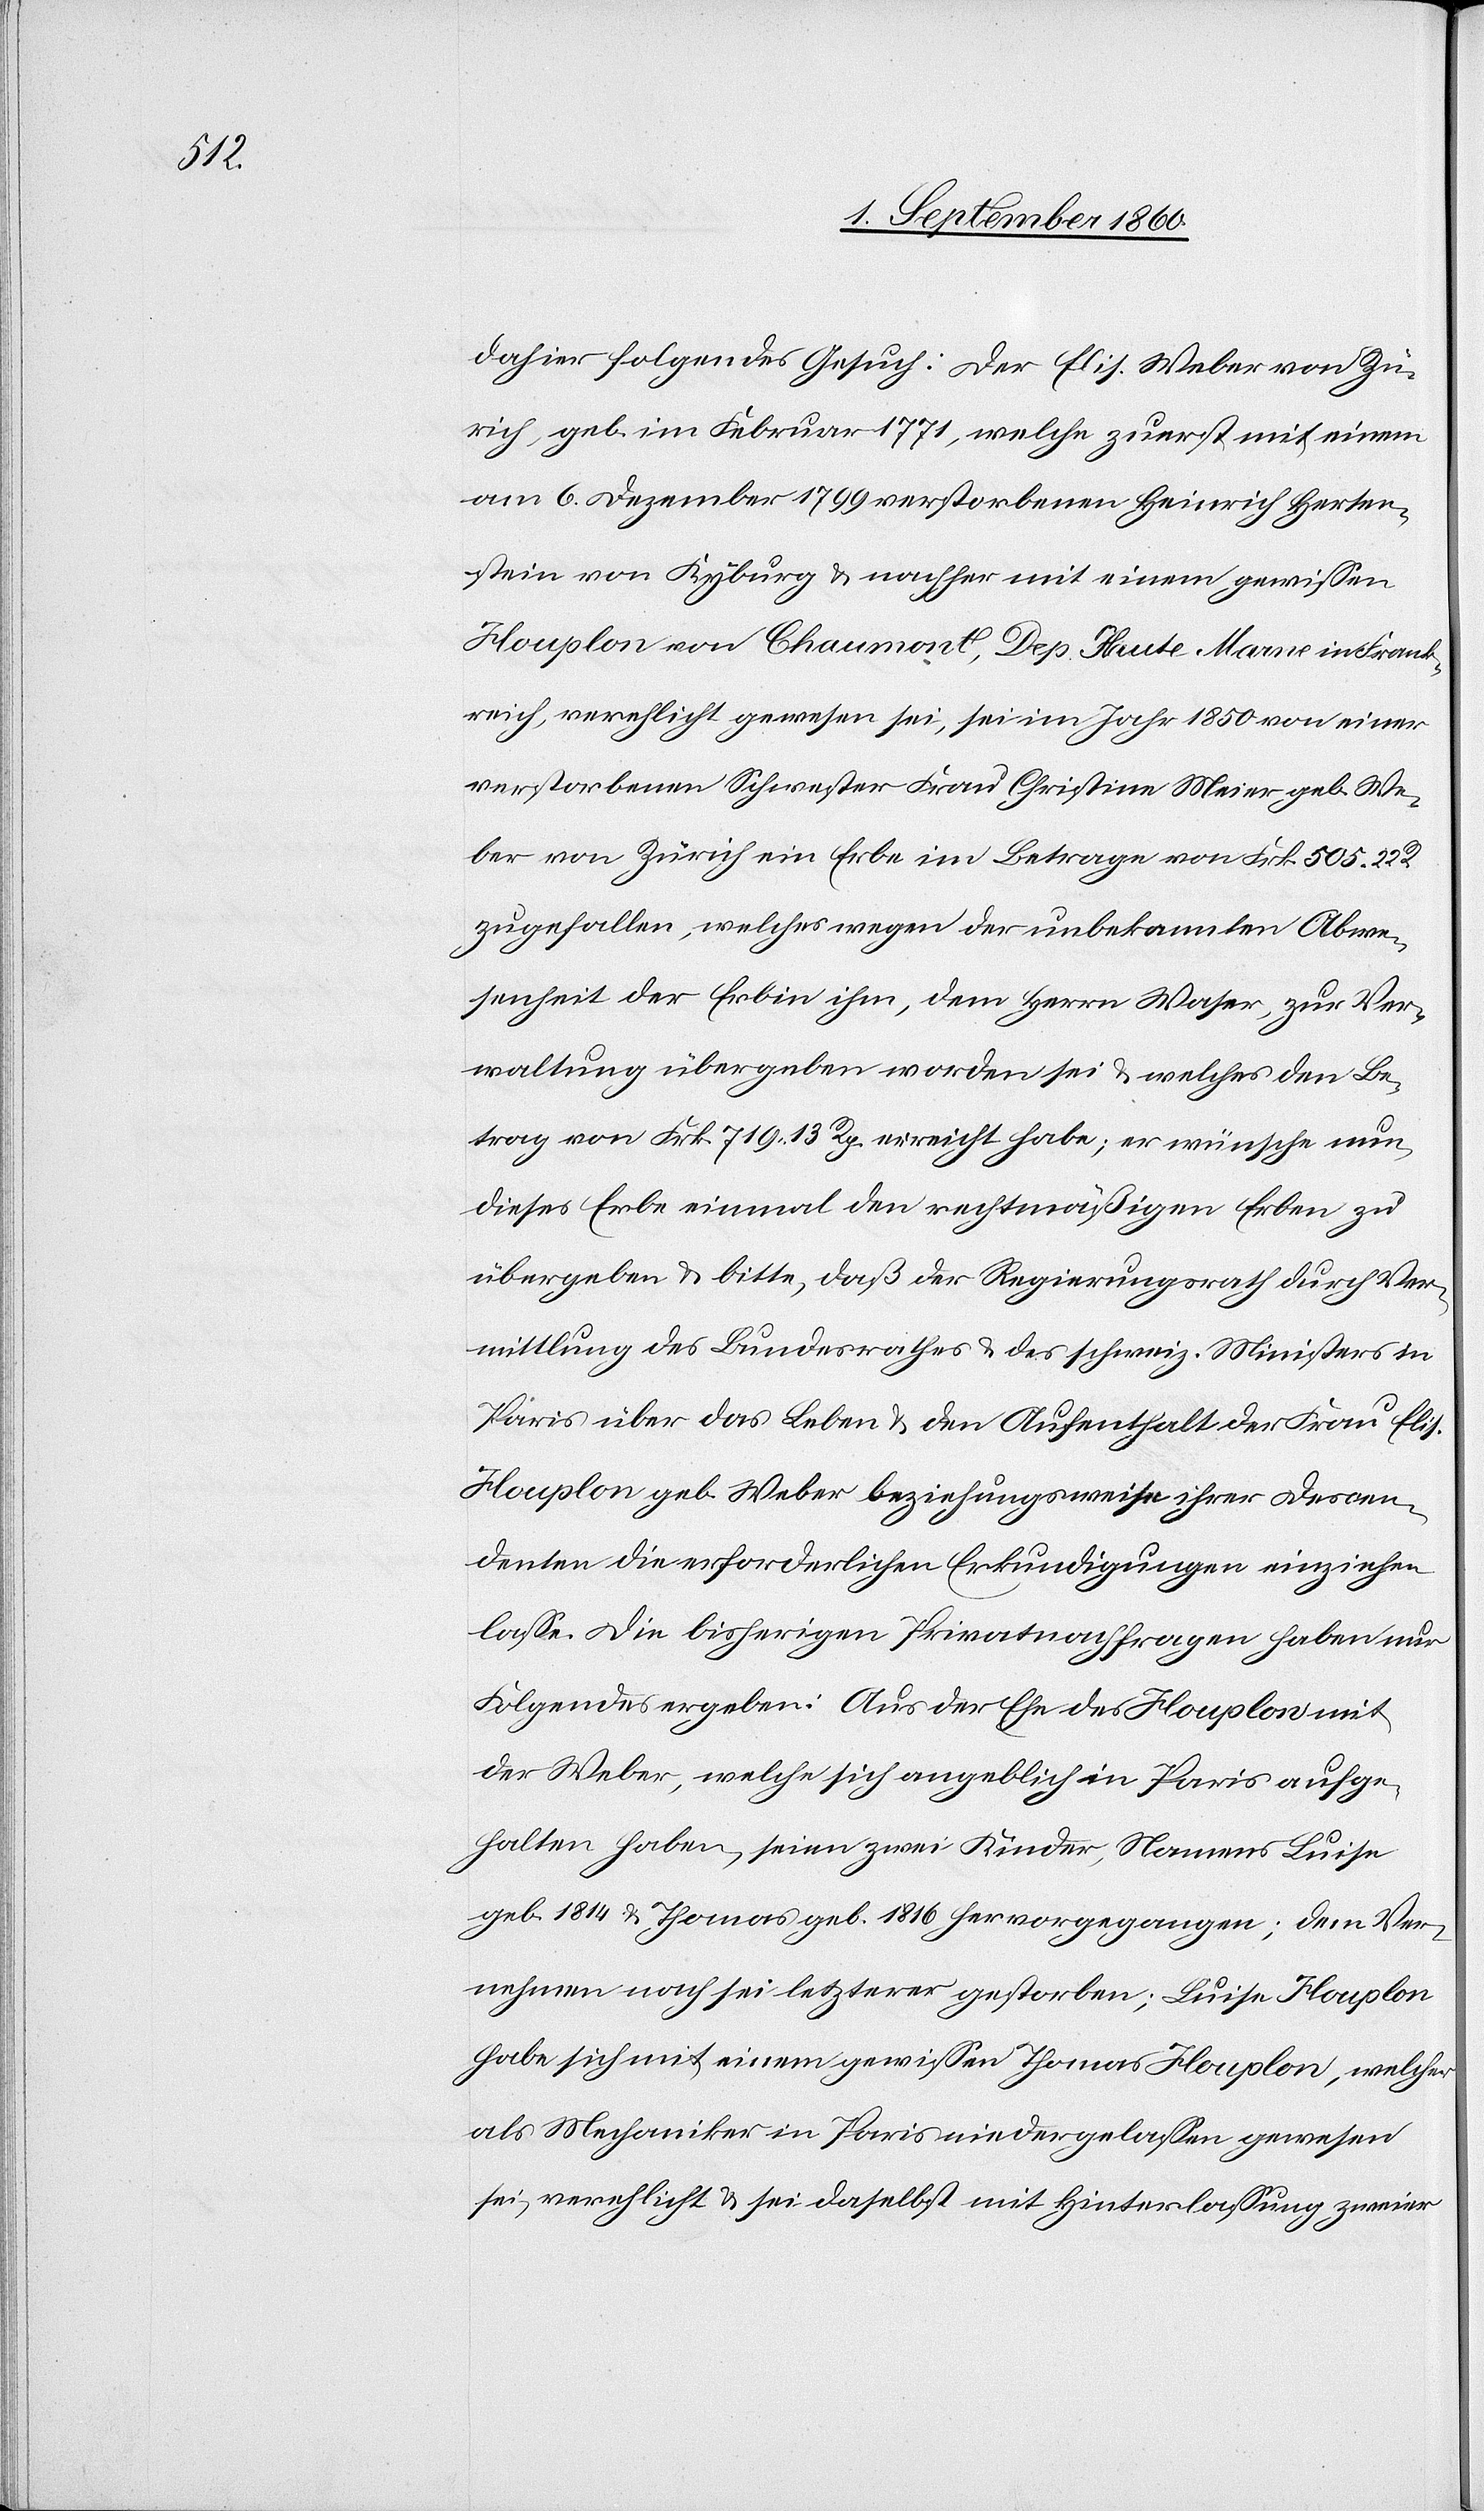
Ehe

dahier folgendes Gesuch: Der Elis. Weber von Zü¬
rich, geb. im Februar 1871, welche zuerst mit einem
am 6. Dezember 1799 verstorbenen Heinrich Herten¬
stein von Kyburg u. nachher mit einem gewissen
Houplon von Chaumont, Dep. Haute-Marne in Frank¬
reich, verehelicht gewesen sei, sei im Jahr 1850 von einer
verstorbenen Schwester Frau Christine Meier geb. We¬
ber von Zürich ein Erbe im Betrage von fcs. 505. 22
zugefallen, welches wegen der unbekannten Abwe¬
senheit der Erbin ihm, dem Hrn. Waser, zur Ver¬
waltung übergeben worden sei u. welches den Be¬
trag von fcs. 719 13. Rp. erreicht habe; er wünsche nun,
dieses Erbe einmal den rechtmässigen Erben zu
übergeben u. bitte, dass der Regierungsrath durch Ver¬
mittlung des Bundesrathes u. des schweiz. Ministers in
Paris über das Leben u. den Aufenthalt der Frau Elis.
Houplon geb. Weber beziehungsweise ihrer Decen¬
denten, die erforderlichen Erkundigungen einziehen
lasse. Die bisherigen Privatnachfragen haben nur
der Weber, welche sich angeblich in Paris aufge¬
halten haben, seien Zwei Kinder, Namens Louise,
geb. 1814 u. Thomas geb. 1816 hervorgegangen; dem Ver¬
nehmen nach sei letzterer gestorben; Louise Houplon
habe sich mit einem gewissen Thomas Houplon, welcher
als Mechaniker in Paris niedergelassen gewesen
sei, verehelicht u. sei daselbst mit Hinterlassung zweier